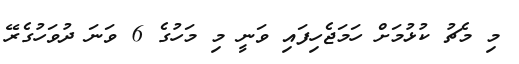
މި މެޗު ކުޅުމަށް ހަމަޖެހިފައި ވަނީ މި މަހުގެ 6 ވަނަ ދުވަހުގެރޭ